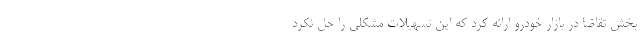
بخش تقاضا در بازار خودرو ارائه کرد که این تسهیلات مشکلی را حل نکرد